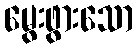
မွေးဖွားသော